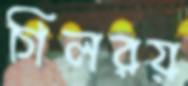
গিলরয়